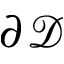
\partial \mathcal { D }